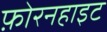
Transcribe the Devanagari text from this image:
फ़ोरनहाइट